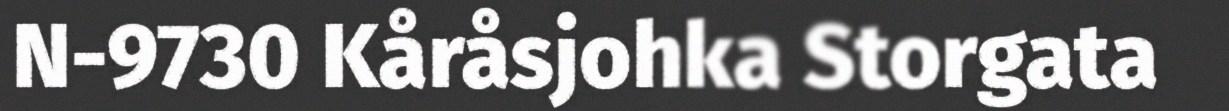
N-9730 Kåråsjohka Storgata